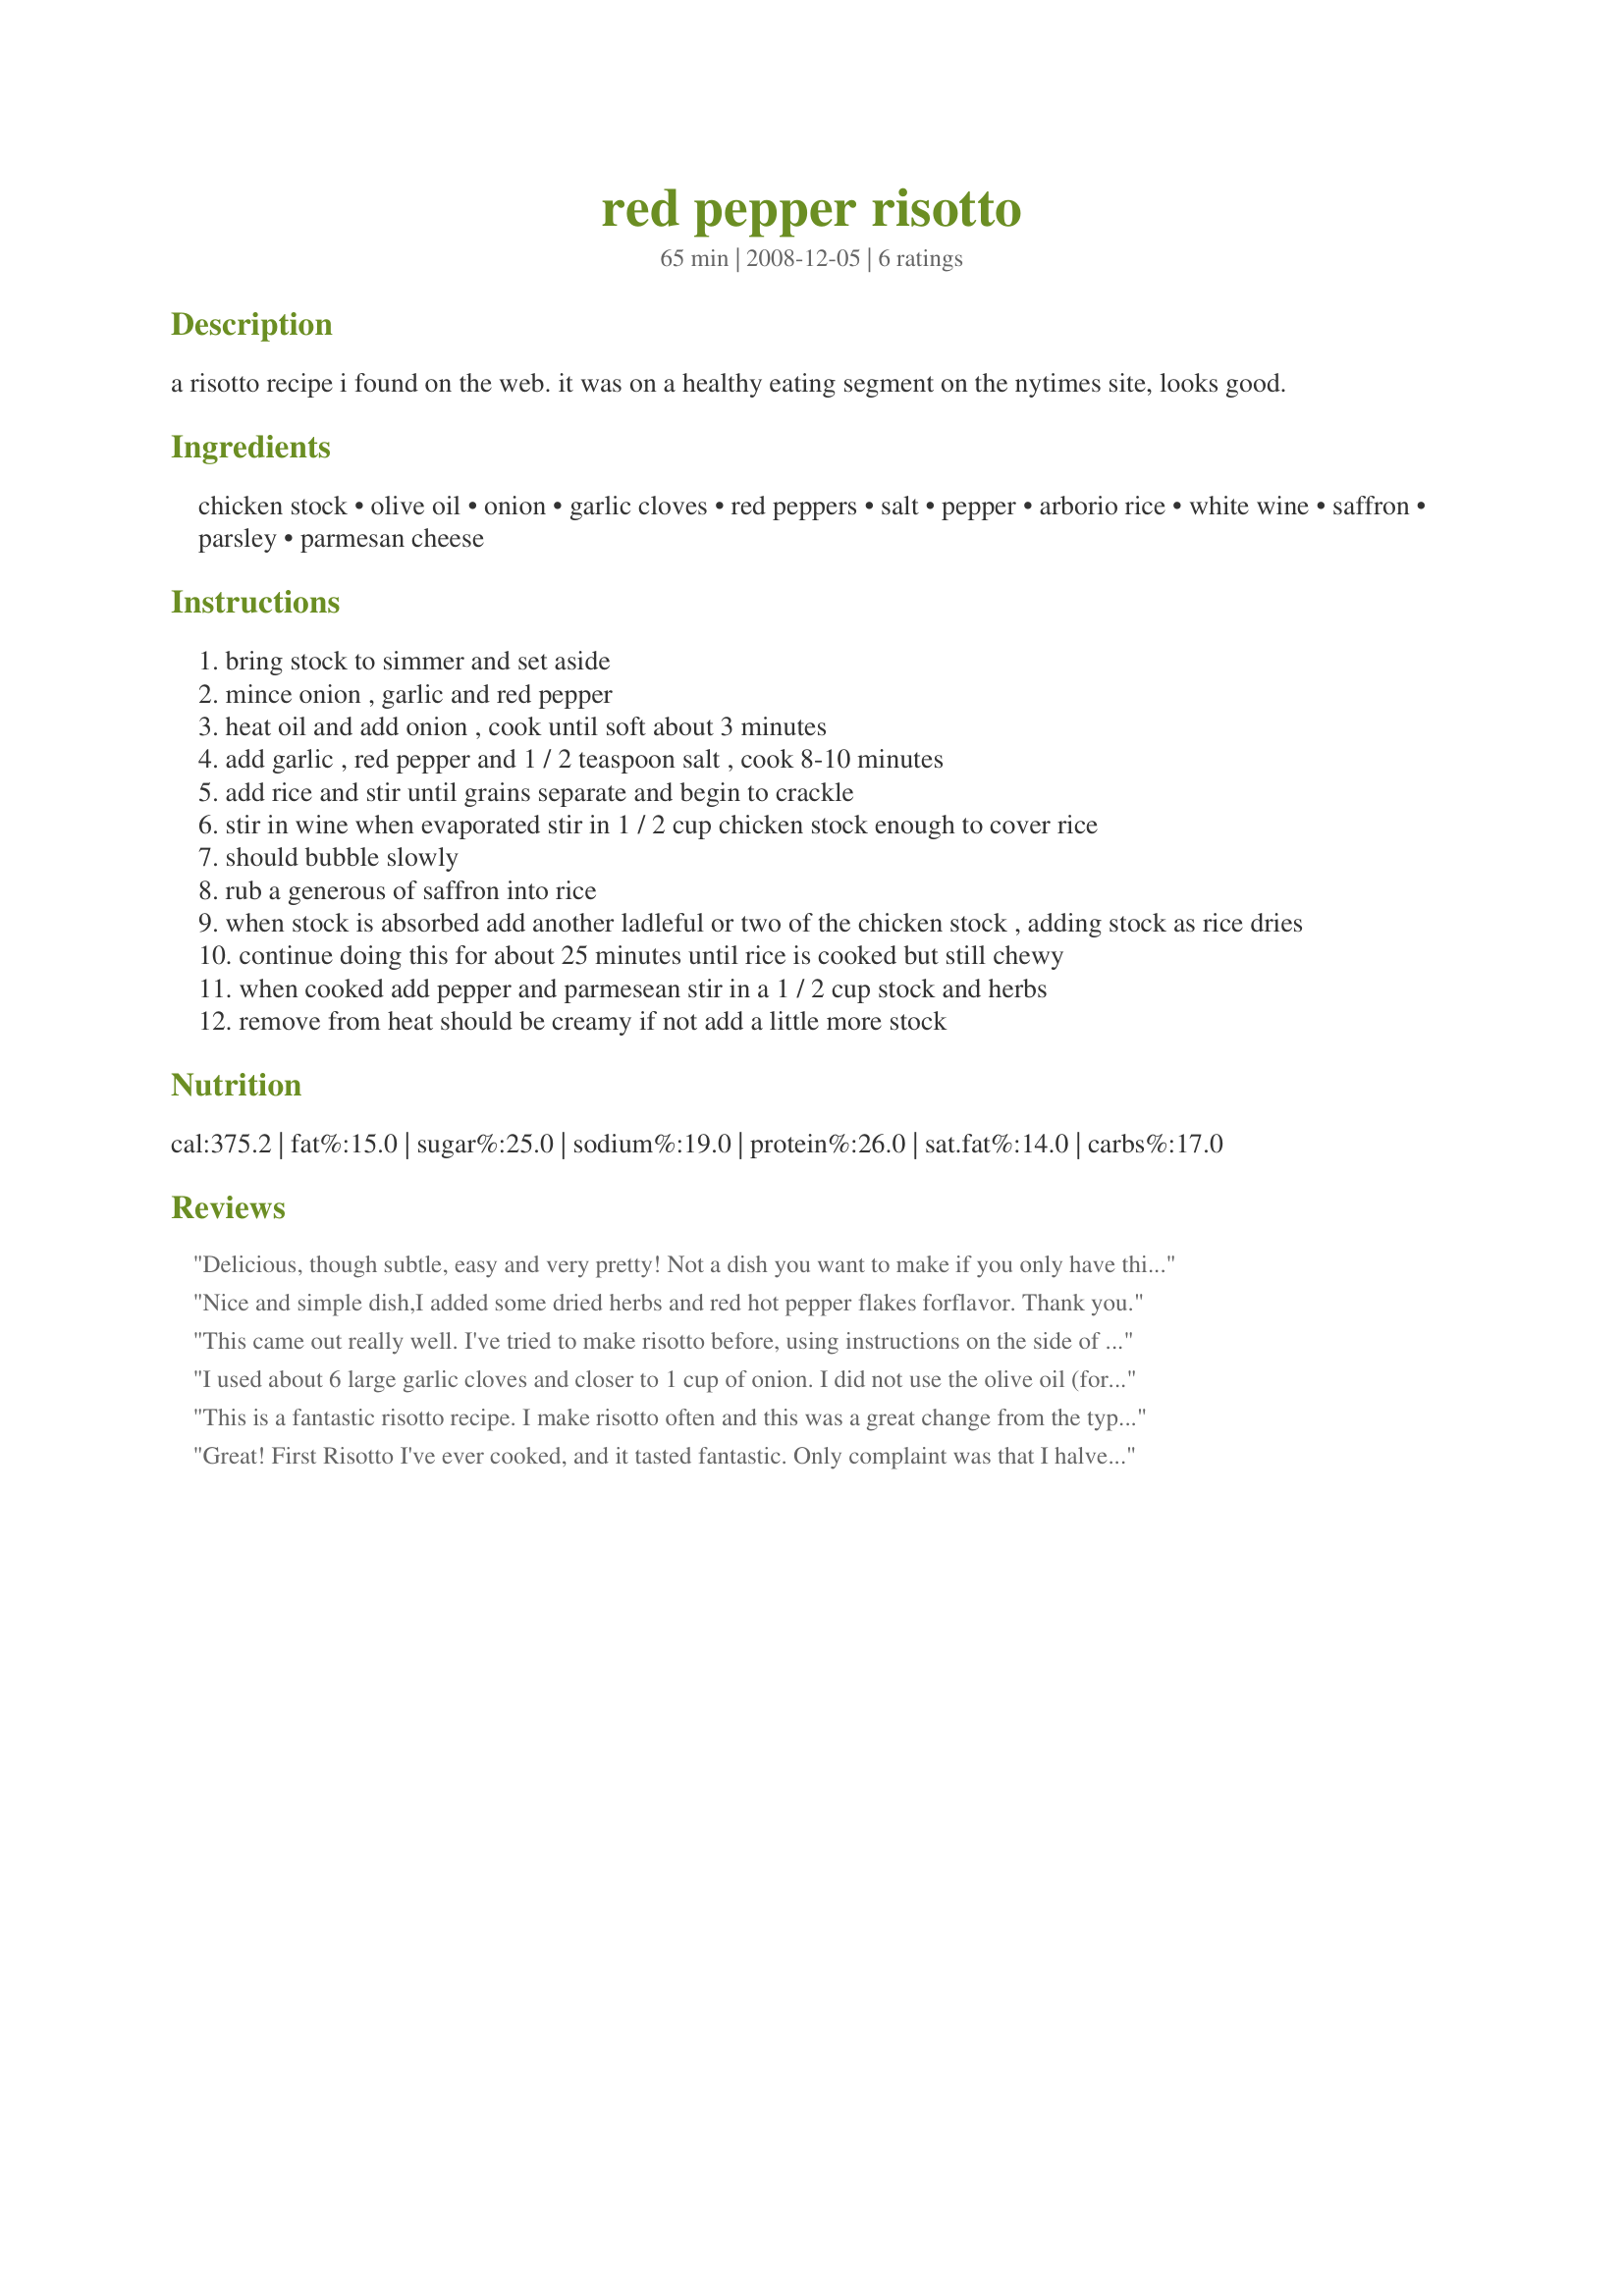
red pepper risotto
Preparation time: 65 minutes

a risotto recipe i found on the web. it was on a healthy eating segment on the nytimes site, looks good.

Ingredients:
chicken stock, olive oil, onion, garlic cloves, red peppers, salt, pepper, arborio rice, white wine, saffron, parsley, parmesan cheese

Steps:
bring stock to simmer and set aside
mince onion , garlic and red pepper
heat oil and add onion , cook until soft about 3 minutes
add garlic , red pepper and 1 / 2 teaspoon salt , cook 8-10 minutes
add rice and stir until grains separate and begin to crackle
stir in wine when evaporated stir in 1 / 2 cup chicken stock enough to cover rice
should bubble slowly
rub a generous of saffron into rice
when stock is absorbed add another ladleful or two of the chicken stock , adding stock as rice dries
continue doing this for about 25 minutes until rice is cooked but still chewy
when cooked add pepper and parmesean stir in a 1 / 2 cup stock and herbs
remove from heat should be creamy if not add a little more stock

Reviews:
Delicious, though subtle, easy and very pretty! Not a dish you want to make if you only have thirty minutes, but risotto never is. I used low sodium chicken stock and found myself wanting to add more salt.
Nice and simple dish,I added some dried herbs and red hot pepper flakes forflavor. Thank you.
This came out really well. I've tried to make risotto before, using instructions on the side of bags of risotto rice, and it's never been quite right. The instructions were easy to follow and yielded a risotto that was 'perfectly cooked'. The flavour was excellent (but I used vegetable stock instead of chicken stock to make it vegetarian -- I only used half the concentration as I think it would have overwhelmed the flavour of the peppers. I imagine it would taste milder with the chicken stock). Also, the quality of the wine makes a difference. I used a citrus-y Sicilian white that added sweet, citrus-y notes to the risotto. I imagine an earthier white would be more appropriate.
I used about 6 large garlic cloves and closer to 1 cup of onion. I did not use the olive oil (forgot it!), and used about half broth and half water. In a saucepan, I did the sauteing of the veggies and the rice, added the wine and let it cook off, and then tossed the whole thing into my rice cooker. I added the liquid and left it to cook, but came back to it 2-3 times during cooking to add more liquid (I had hot water from my electric kettle). When the rice cooker beeped to signify the end of cooking, I opened it up and stirred in more liquid and pushed the cook button again. The whole cooking time took about an hour. About 15 minutes before serving time, I stirred in a bit more liquid and the cheese, then put some fish in the steamer tray for the top of the rice cooker. I served the risotto over the fish with peas on the side, which I cooked in the saucepan I used to start the risotto, so this made for a meal with a pretty low impact on the kitchen (although it tasted like something far more involved). I guess it's not really authentic if you use the rice cooker, but it really simplifies things because even though it's a longish cooking time, you really don't need to tend it because there's no risk of boiling over, sticking, or overcooking. And you can just add broth/water whenever you breeze through the kitchen occasionally while doing other things. The only other thing I might do is stir in some baby spinach leaves right before serving for a nice splash of color. Thanks. --M
This is a fantastic risotto recipe. I make risotto often and this was a great change from the typical parmesan/chicken flavor. I omitted the saffron and the dish still had a great flavor. I reduced the rice to 1 cup, and the liquids to a total of 3 cups; and that produced 2 large servings. Thanks for posting!
Great! First Risotto I've ever cooked, and it tasted fantastic. Only complaint was that I halved the recipe to make 3-4 serves so I'd have some leftovers for lunch, but in reality I only got two serves out of it.
